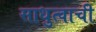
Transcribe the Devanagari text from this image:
साधुत्वाची